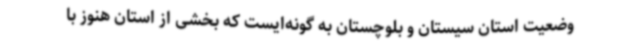
وضعیت استان سیستان و بلوچستان به گونه‌ایست که بخشی از استان هنوز با